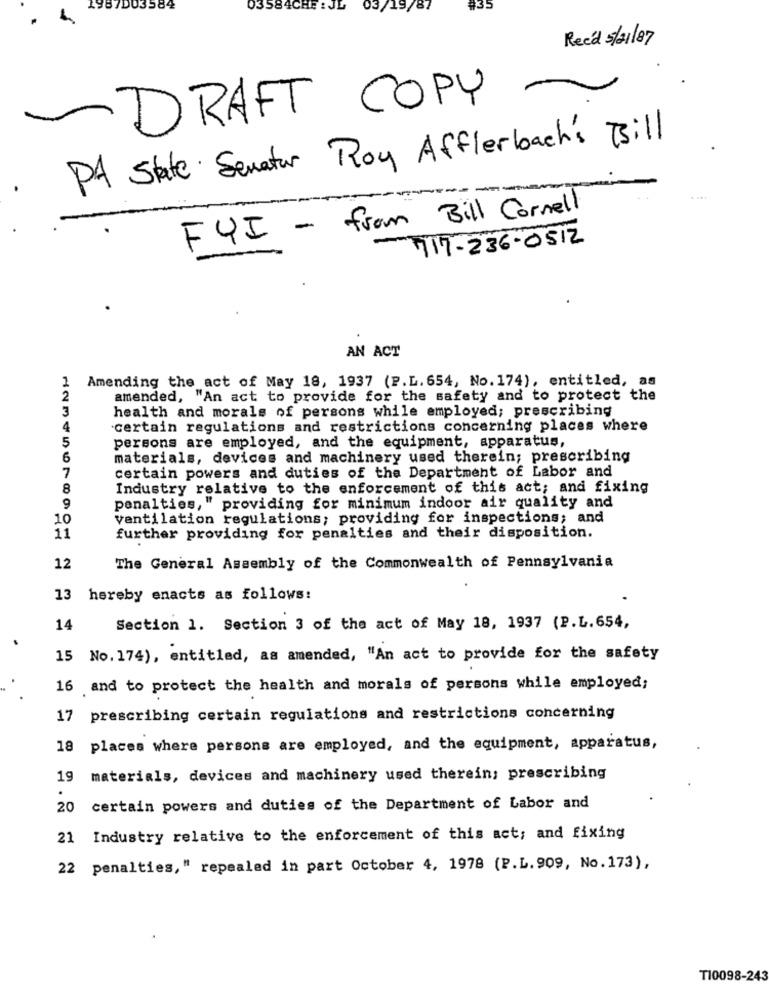
1987D03584
03584CHE: JL
03/19/87
#35
Reed 5/21/87
-DRAFT COPY
PA State. Senator Roy Afflerbach's Bill
. ...
FYI - from Bill Cornell
-717-236-0512
AN ACT
1
Amending the act of May 18, 1937 (P.L. 654, No. 174), entitled, as
2
amended, "An act to provide for the safety and to protect the
3
health and morals of persons while employed; prescribing
4
certain regulations and restrictions concerning places where
5
persons are employed, and the equipment, apparatus,
6
materials, devices and machinery used therein; prescribing
7
certain powers and duties of the Department of Labor and
8
Industry relative to the enforcement of this act; and fixing
9
penalties, " providing for minimum indoor air quality and
10
ventilation regulations; providing for inspections; and
11
further providing for penalties and their disposition.
12
The General Assembly of the Commonwealth of Pennsylvania
13
hereby enacts as follows:
14
Section 1. Section 3 of the act of May 18, 1937 (P.L. 654,
15 No. 174), entitled, as amended, "An act to provide for the safety
16 and to protect the health and morals of persons while employed;
17
prescribing certain regulations and restrictions concerning
18
places where persons are employed, and the equipment, apparatus,
19
materials, devices and machinery used therein; prescribing
20
certain powers and duties of the Department of Labor and
21 Industry relative to the enforcement of this act; and fixing
22 penalties," repealed in part October 4, 1978 (P.L. 909, No.173),
T10098-243